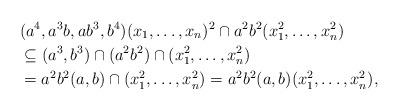
LaTeX: \begin{align*}&(a^4,a^3b,ab^3,b^4)(x_1,\ldots,x_n)^2 \cap a^2b^2(x_1^2,\ldots,x_n^2)\\ &\subseteq (a^3,b^3)\cap (a^2b^2)\cap (x_1^2,\ldots,x_n^2)\\ & =a^2b^2(a,b) \cap (x_1^2,\ldots,x_n^2)=a^2b^2(a,b)(x_1^2,\ldots,x_n^2),\end{align*}